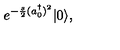
e ^ { - \frac { s } { 2 } ( a _ { 0 } ^ { \dagger } ) ^ { 2 } } | 0 \rangle ,